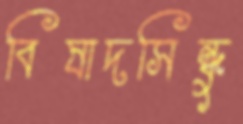
বিষাদসিন্ধু